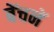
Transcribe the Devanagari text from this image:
बेंचनें